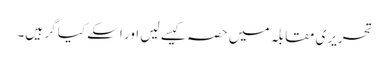
تحریری مقابلہ میں حصہ کیسے لیں اور اسکے کیا گر ہیں۔